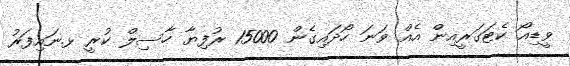
ވީޑިއޯ ކެޓަގަރީއިން އެއް ވަނަ ހޯދައިގެން 15000 ރުފިޔާ ހާސިލް ކުރީ ޅ.ނައިފަރު